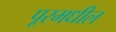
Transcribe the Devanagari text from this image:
पूरमधील